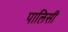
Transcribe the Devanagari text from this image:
पालिसीं